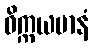
ဝိက္ကယမာနံ